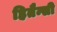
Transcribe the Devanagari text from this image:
हितैन्सी